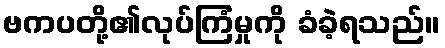
ဗကပတို့၏လုပ်ကြံမှုကို ခံခဲ့ရသည်။